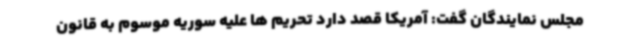
مجلس نمایندگان گفت: آمریکا قصد دارد تحریم ها علیه سوریه موسوم به قانون